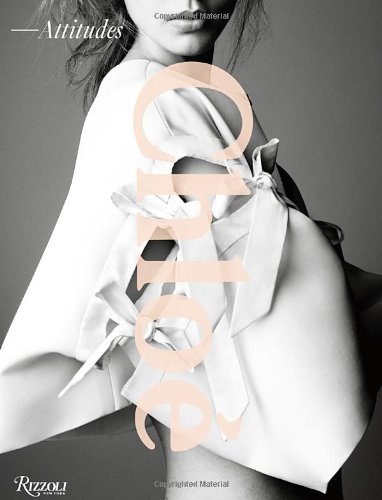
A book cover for Chloe: Attitudes; Sarah Mower; Humor & Entertainment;